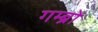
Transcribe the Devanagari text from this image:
गम्ब्रो